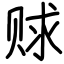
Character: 赇